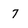
Character: 7